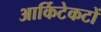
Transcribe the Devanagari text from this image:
आर्किटेकटों